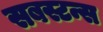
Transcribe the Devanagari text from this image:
सबस्टन्स